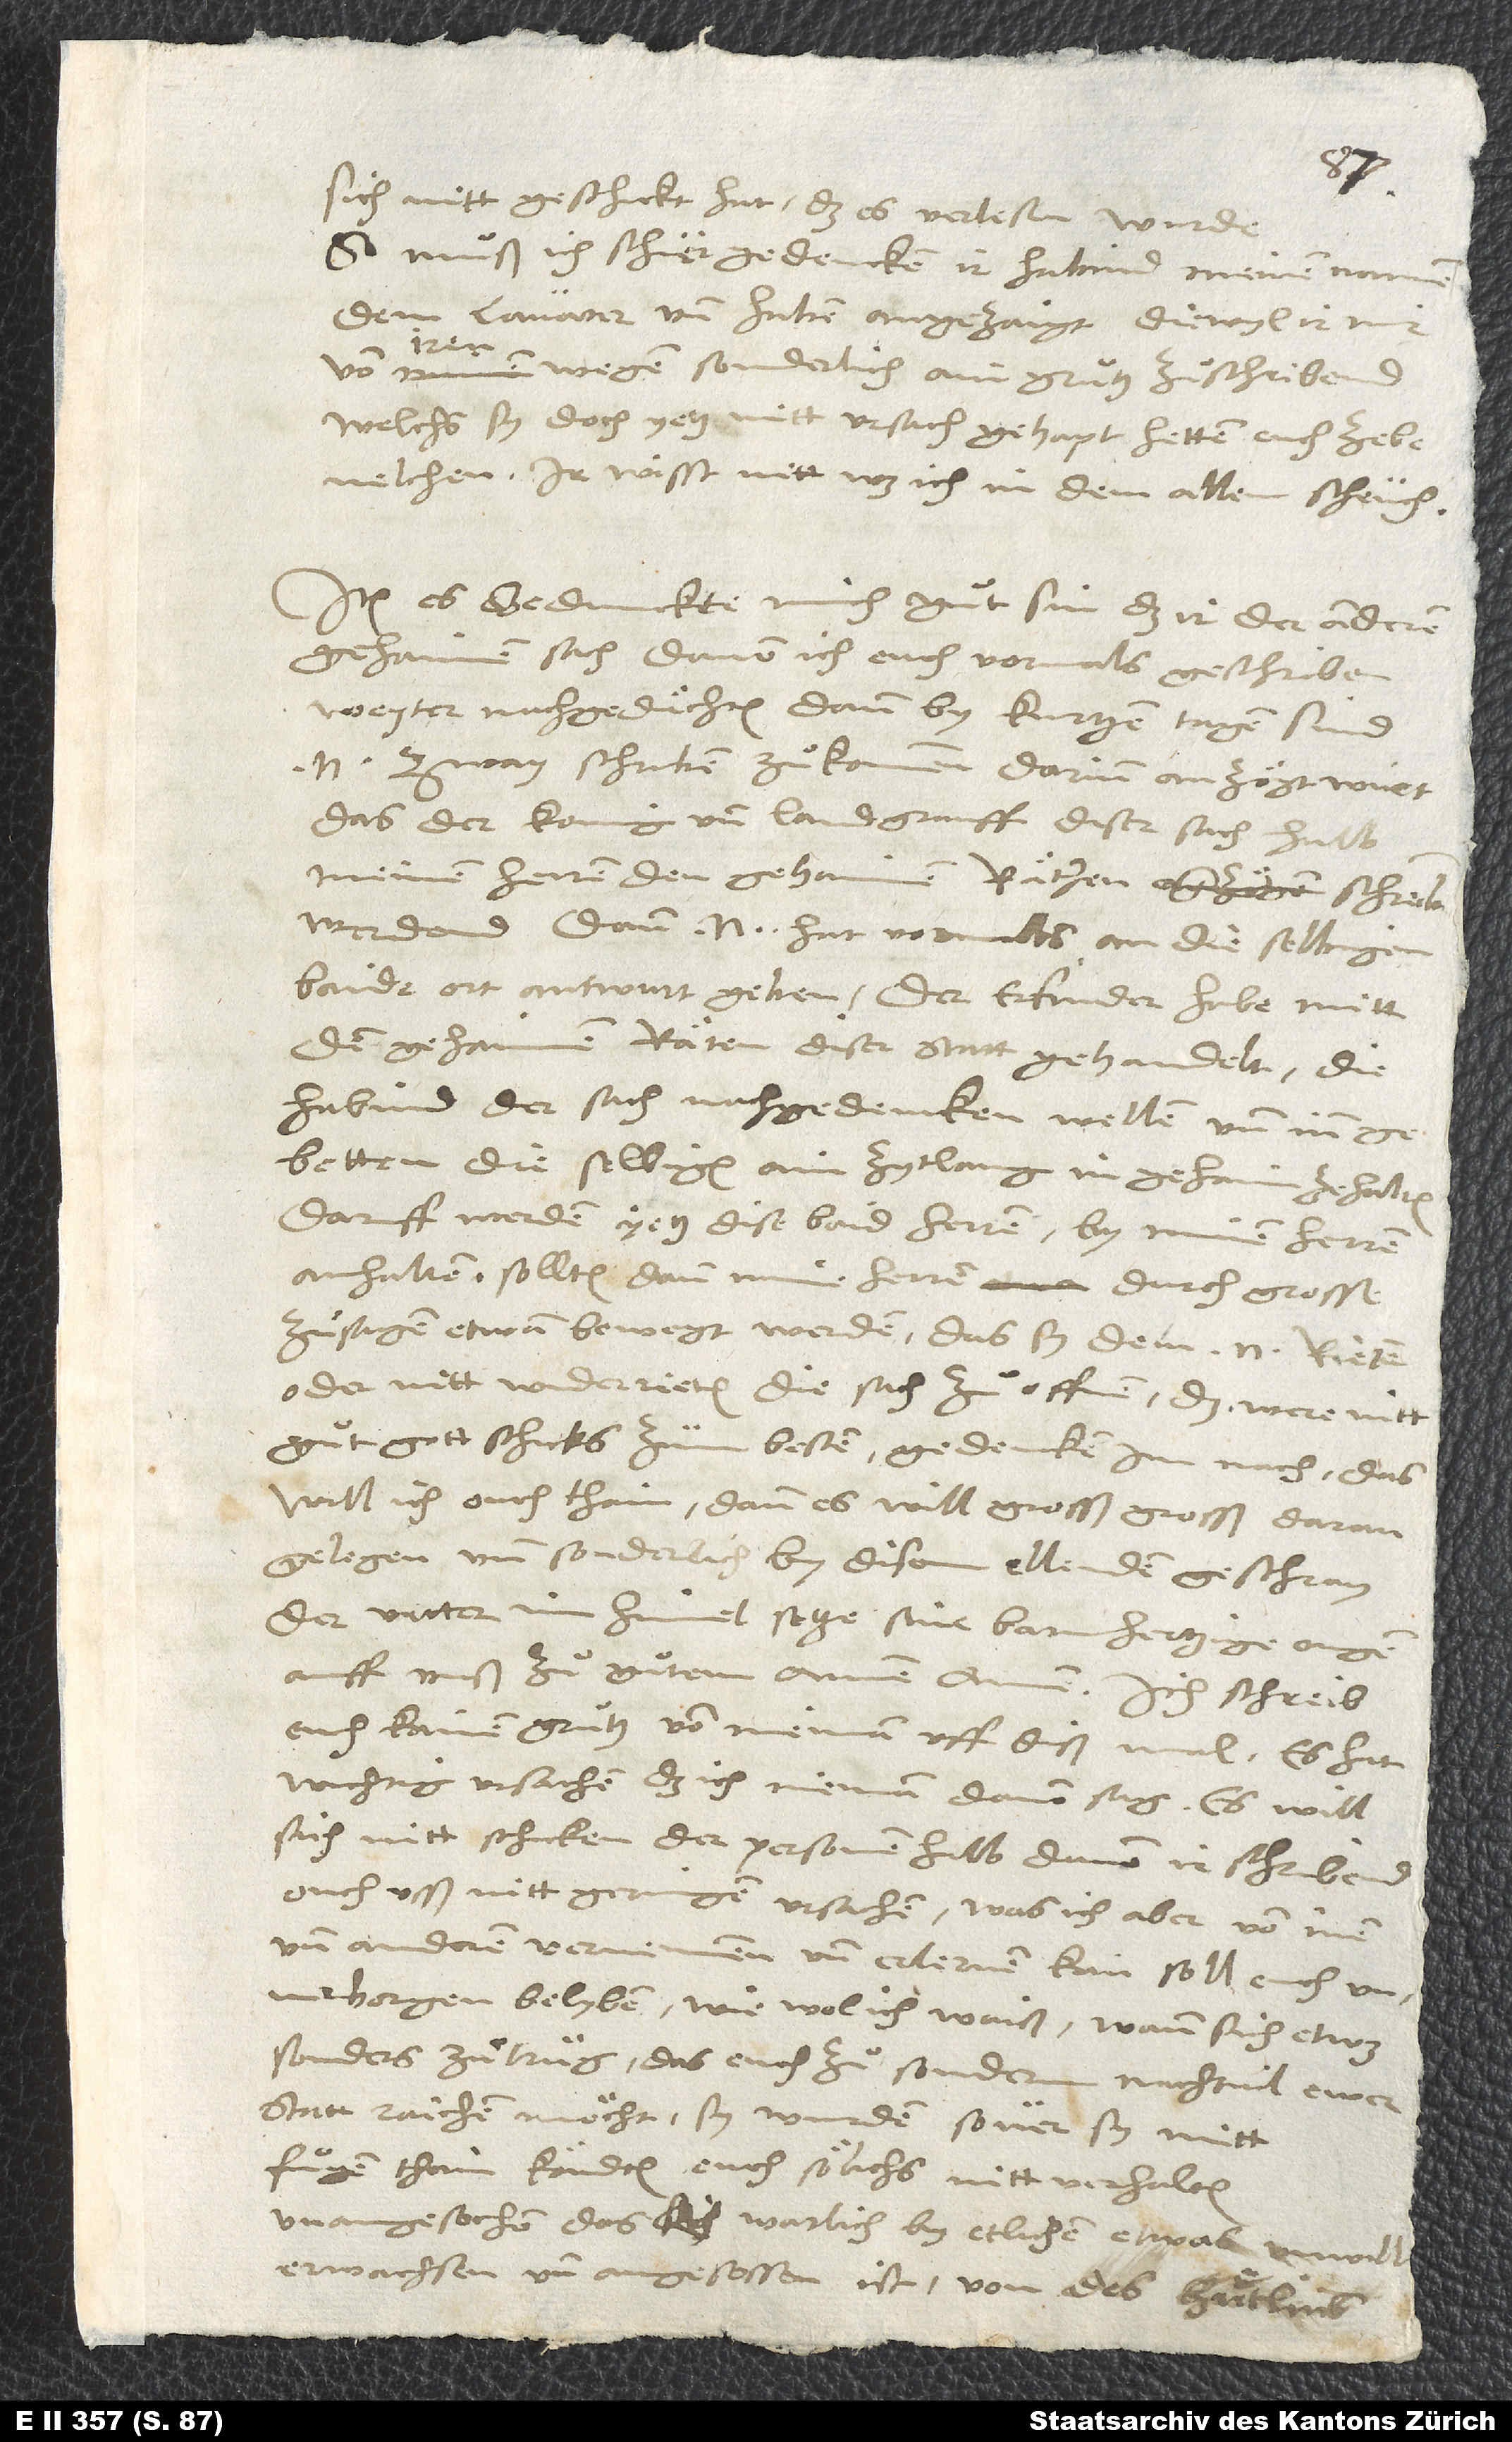
sich nitt geschickt hat, das es verlesen wurde.
So muͦß ich schier gedencken, ir habind meinen namen
dem Lavater und Haben angezaigt, diewyl ir mir
von iren wegen sonderlich ain gruͦtz zuͦschribend,
welchs sy doch yetz nitt ursach gehapt hetten euch ze
bevelchen. Ir wisst nitt, was ich in dem allem scheuch.
Item, es bedunckte mich guͦt sin, das ir der anderen
gehaimen sach, davon ich euch vormals geschriben,
weyter nachgedächten. Dann by kurtzen tagen sind
N. zway schriben zuͦkommen, darinn anzögt wirt,
das der konig und landgrauff diser sach halb
meinen herren den gehaimen räthen schreiben
werdend; dann N. hat vormals an die selbigen
baide ort antwurt geben, der erfinder habe mitt
den gehaimen räten diser statt gehandelt, die
habind der sach nachgedencken wellen und inn
gebetten, die selbigen ain zytlang in gehaim ze halten.
Daruff werden yetz dise baid herren by minen herren
anhalten; sollten dann mine herren durch grosse
zuͦsagen etwan bewegt werden, das sy dem N. rieten
oder nitt widerrieten, die sach zuͦ offnen, das were nitt
guͦt. Gott schicks zum besten! Gedencken im nach; das
will ich ouch thain; dann es will grosß, grosß daran
gelegen und sonderlich by disem ellenden geschray.
Der vatter im himel setze sine barmhertzige ougen
euch kainen gruͦtz von nieman uff diß mal; es hat
wichtig ursachen, das ich nieman davon sag. Es will
sich nitt schicken der personen halb, davon ir schribend,
ouch usß nitt geringen ursachen; was ich aber von inen
und anderen vernemmen und erlernen kan, soll euch
unverborgen belyben, wie wol ich waiß, wann sich etwas
sonders zuͦtrüg, das euch zuͦ sonderm nachtail ewer
statt raichen möcht, sy wurden, sover sy mitt
fuͦgen thain köndten, euch sölichs nitt verhalten,
unangesechen das warlich by etlichen etwas unwill
erwachsen und angesessen ist von des Huͤtlins